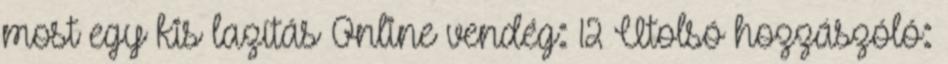
most egy kis lazítás Online vendég: 12 Utolsó hozzászóló: